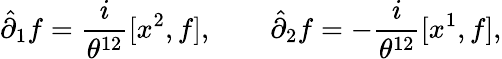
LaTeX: \hat{\partial}_{1}f={\frac{i}{\theta^{12}}}[x^{2},f],\qquad\hat{\partial}_{2}f=-{\frac{i}{\theta^{12}}}[x^{1},f],